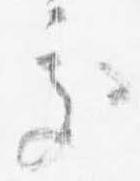
処